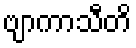
ဗျာကာသီတိ